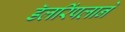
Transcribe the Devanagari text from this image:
डॅलरिंपलाने